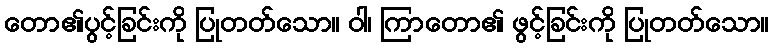
တော၏ပွင့်ခြင်းကို ပြုတတ်သော။ ဝါ၊ ကြာတော၏ ဖွင့်ခြင်းကို ပြုတတ်သော။